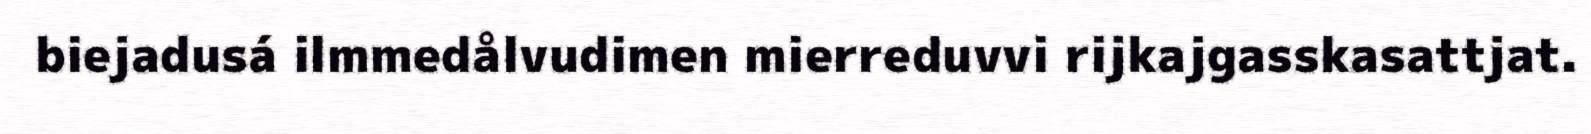
biejadusá ilmmedålvudimen mierreduvvi rijkajgasskasattjat.